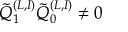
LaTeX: \tilde { Q } _ { 1 } ^ { ( L , I ) } \tilde { Q } _ { 0 } ^ { ( L , I ) } \neq 0 \,